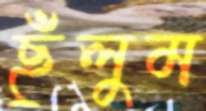
ছুঁলুম